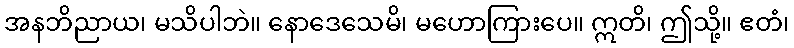
အနဘိညာယ၊ မသိပါဘဲ။ နောဒေသေမိ၊ မဟောကြားပေ။ ဣတိ၊ ဤသို့။ ဧတံ၊